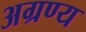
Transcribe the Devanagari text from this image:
अग्रण्य